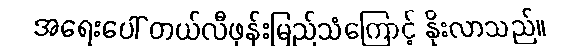
အရေးပေါ် တယ်လီဖုန်းမြည်သံကြောင့် နိုးလာသည်။